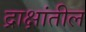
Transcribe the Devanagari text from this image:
द्राक्षांतील